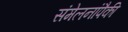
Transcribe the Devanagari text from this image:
संमेलनांपैकी